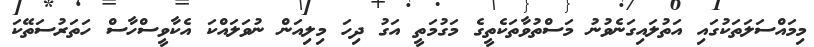
މިމައްސަލަތަކުގައި އަތުލައިގަނެވުނު މަސްތުވާތަކެތީގެ މަގުމަތީ އަގު ދިހަ މިލިއަން ނުވަލައްކަ އެކާވީސްހާސް ހަތަރުސަތޭކަ